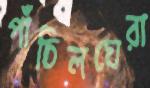
পাঁচিলঘেরা